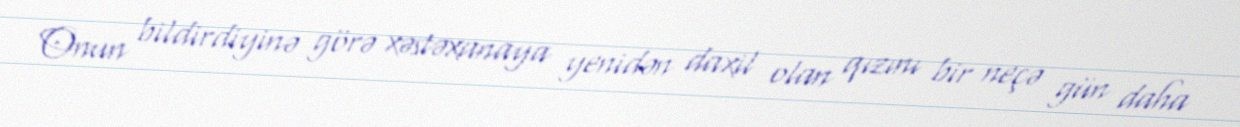
Onun bildirdiyinə görə xəstəxanaya yenidən daxil olan qızını bir neçə gün daha